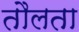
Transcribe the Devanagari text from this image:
तौलता